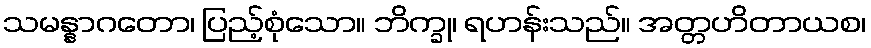
သမန္နာဂတော၊ ပြည့်စုံသော။ ဘိက္ခု၊ ရဟန်းသည်။ အတ္တဟိတာယစ၊